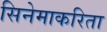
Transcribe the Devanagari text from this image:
सिनेमाकरिता